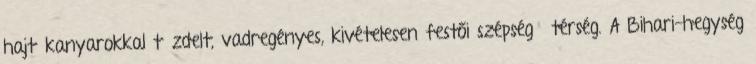
hajtűkanyarokkal tűzdelt, vadregényes, kivételesen festői szépségű térség. A Bihari-hegység